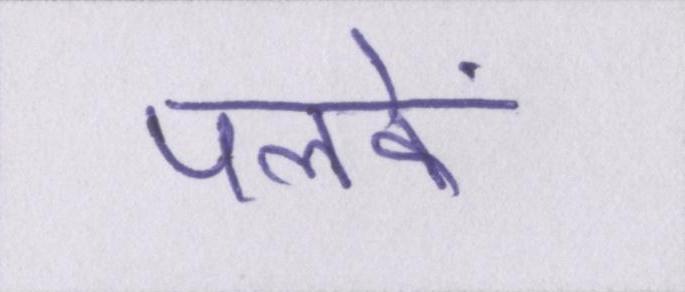
पलकें